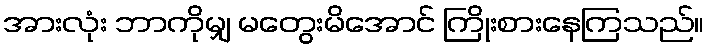
အားလုံး ဘာကိုမျှ မတွေးမိအောင် ကြိုးစားနေကြသည်။